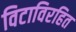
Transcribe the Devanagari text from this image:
विटाविरहित